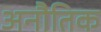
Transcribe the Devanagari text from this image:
अनौतिक